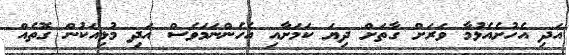
އަދި އެހުށެއެޅުމާ ވަރަށް ގާތަށް ދިޔަ ކަމަށާއި އެހެންނަމަވެސް އަދި މުޅިއަކުން ގޮތެއް